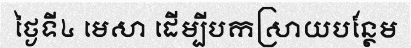
ថ្ងៃទី៤ មេសា ដើម្បីបកស្រាយបន្ថែម